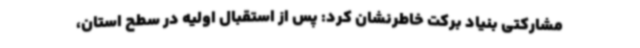
مشارکتی بنیاد برکت خاطرنشان کرد: پس از استقبال اولیه در سطح استان،